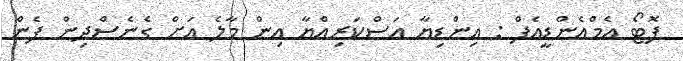
ފޮޓޯ އެމްއެންޑީއެފް : އިންޑިޔާ އަސްކަރިއްޔާ އިން މާލެ އަށް ގެނެސްދިން ފެން